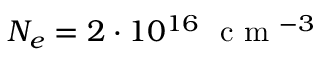
N _ { e } = 2 \cdot 1 0 ^ { 1 6 } ~ \textrm { c m } ^ { - 3 }